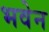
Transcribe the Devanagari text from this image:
भवेन